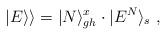
LaTeX: \begin{align*}|E\rangle\rangle=|N\rangle_{gh}^x\cdot|E^N\rangle_s\ ,\end{align*}